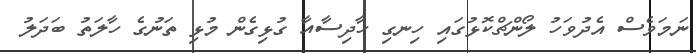
ނަމަވެސް އެދުވަހު ލޯންޗްކޮޅުގައި ހިނގި ހާދިސާއާ ގުޅިގެން މުޅި ތަނުގެ ހާލަތު ބަދަލު